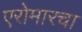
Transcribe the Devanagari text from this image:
एरोमारचा